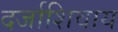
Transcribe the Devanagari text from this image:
दर्जाशिवाय